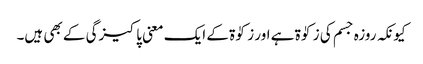
کیونکہ روزہ جسم کی زکوٰۃ ہے اور زکوٰۃ کے ایک معنی پاکیزگی کے بھی ہیں۔